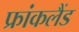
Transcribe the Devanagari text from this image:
फ्रांकलैंड